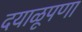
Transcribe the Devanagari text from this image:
दयाळूपणा